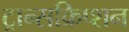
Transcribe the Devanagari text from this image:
ट्रान्सक्रिप्शन